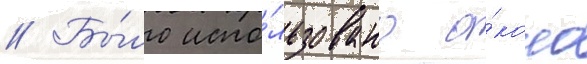
// Бы́ло испо́льзовано о́коло